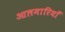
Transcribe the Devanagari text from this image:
आलमारियाँ